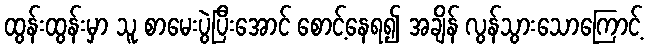
ထွန်းထွန်းမှာ သူ စာမေးပွဲပြီးအောင် စောင့်နေရ၍ အချိန် လွန်သွားသောကြောင့်